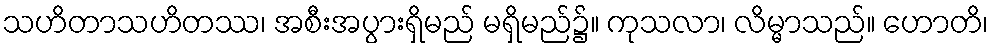
သဟိတာသဟိတဿ၊ အစီးအပွားရှိမည် မရှိမည်၌။ ကုသလာ၊ လိမ္မာသည်။ ဟောတိ၊